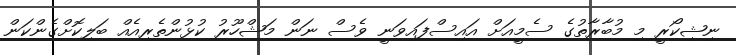
ނިޝިކޯރީ މި މުބާރާތުގެ ސެމީއަށް އައިސްފައިވަނީ ވެސް ނަން މަޝްހޫރު ކުޅުންތެރިއެއް ބަލިކޮށްގެންކަން